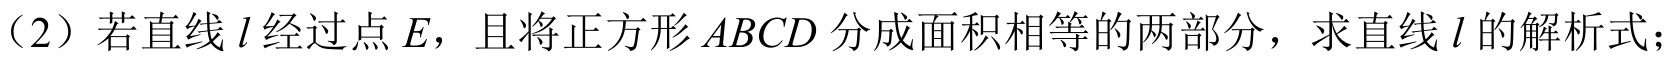
（2）若直线\(l\)经过点\(E\)，且将正方形\(ABCD\)分成面积相等的两部分，求直线\(l\)的解析式；